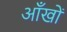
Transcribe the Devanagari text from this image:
अाँखों